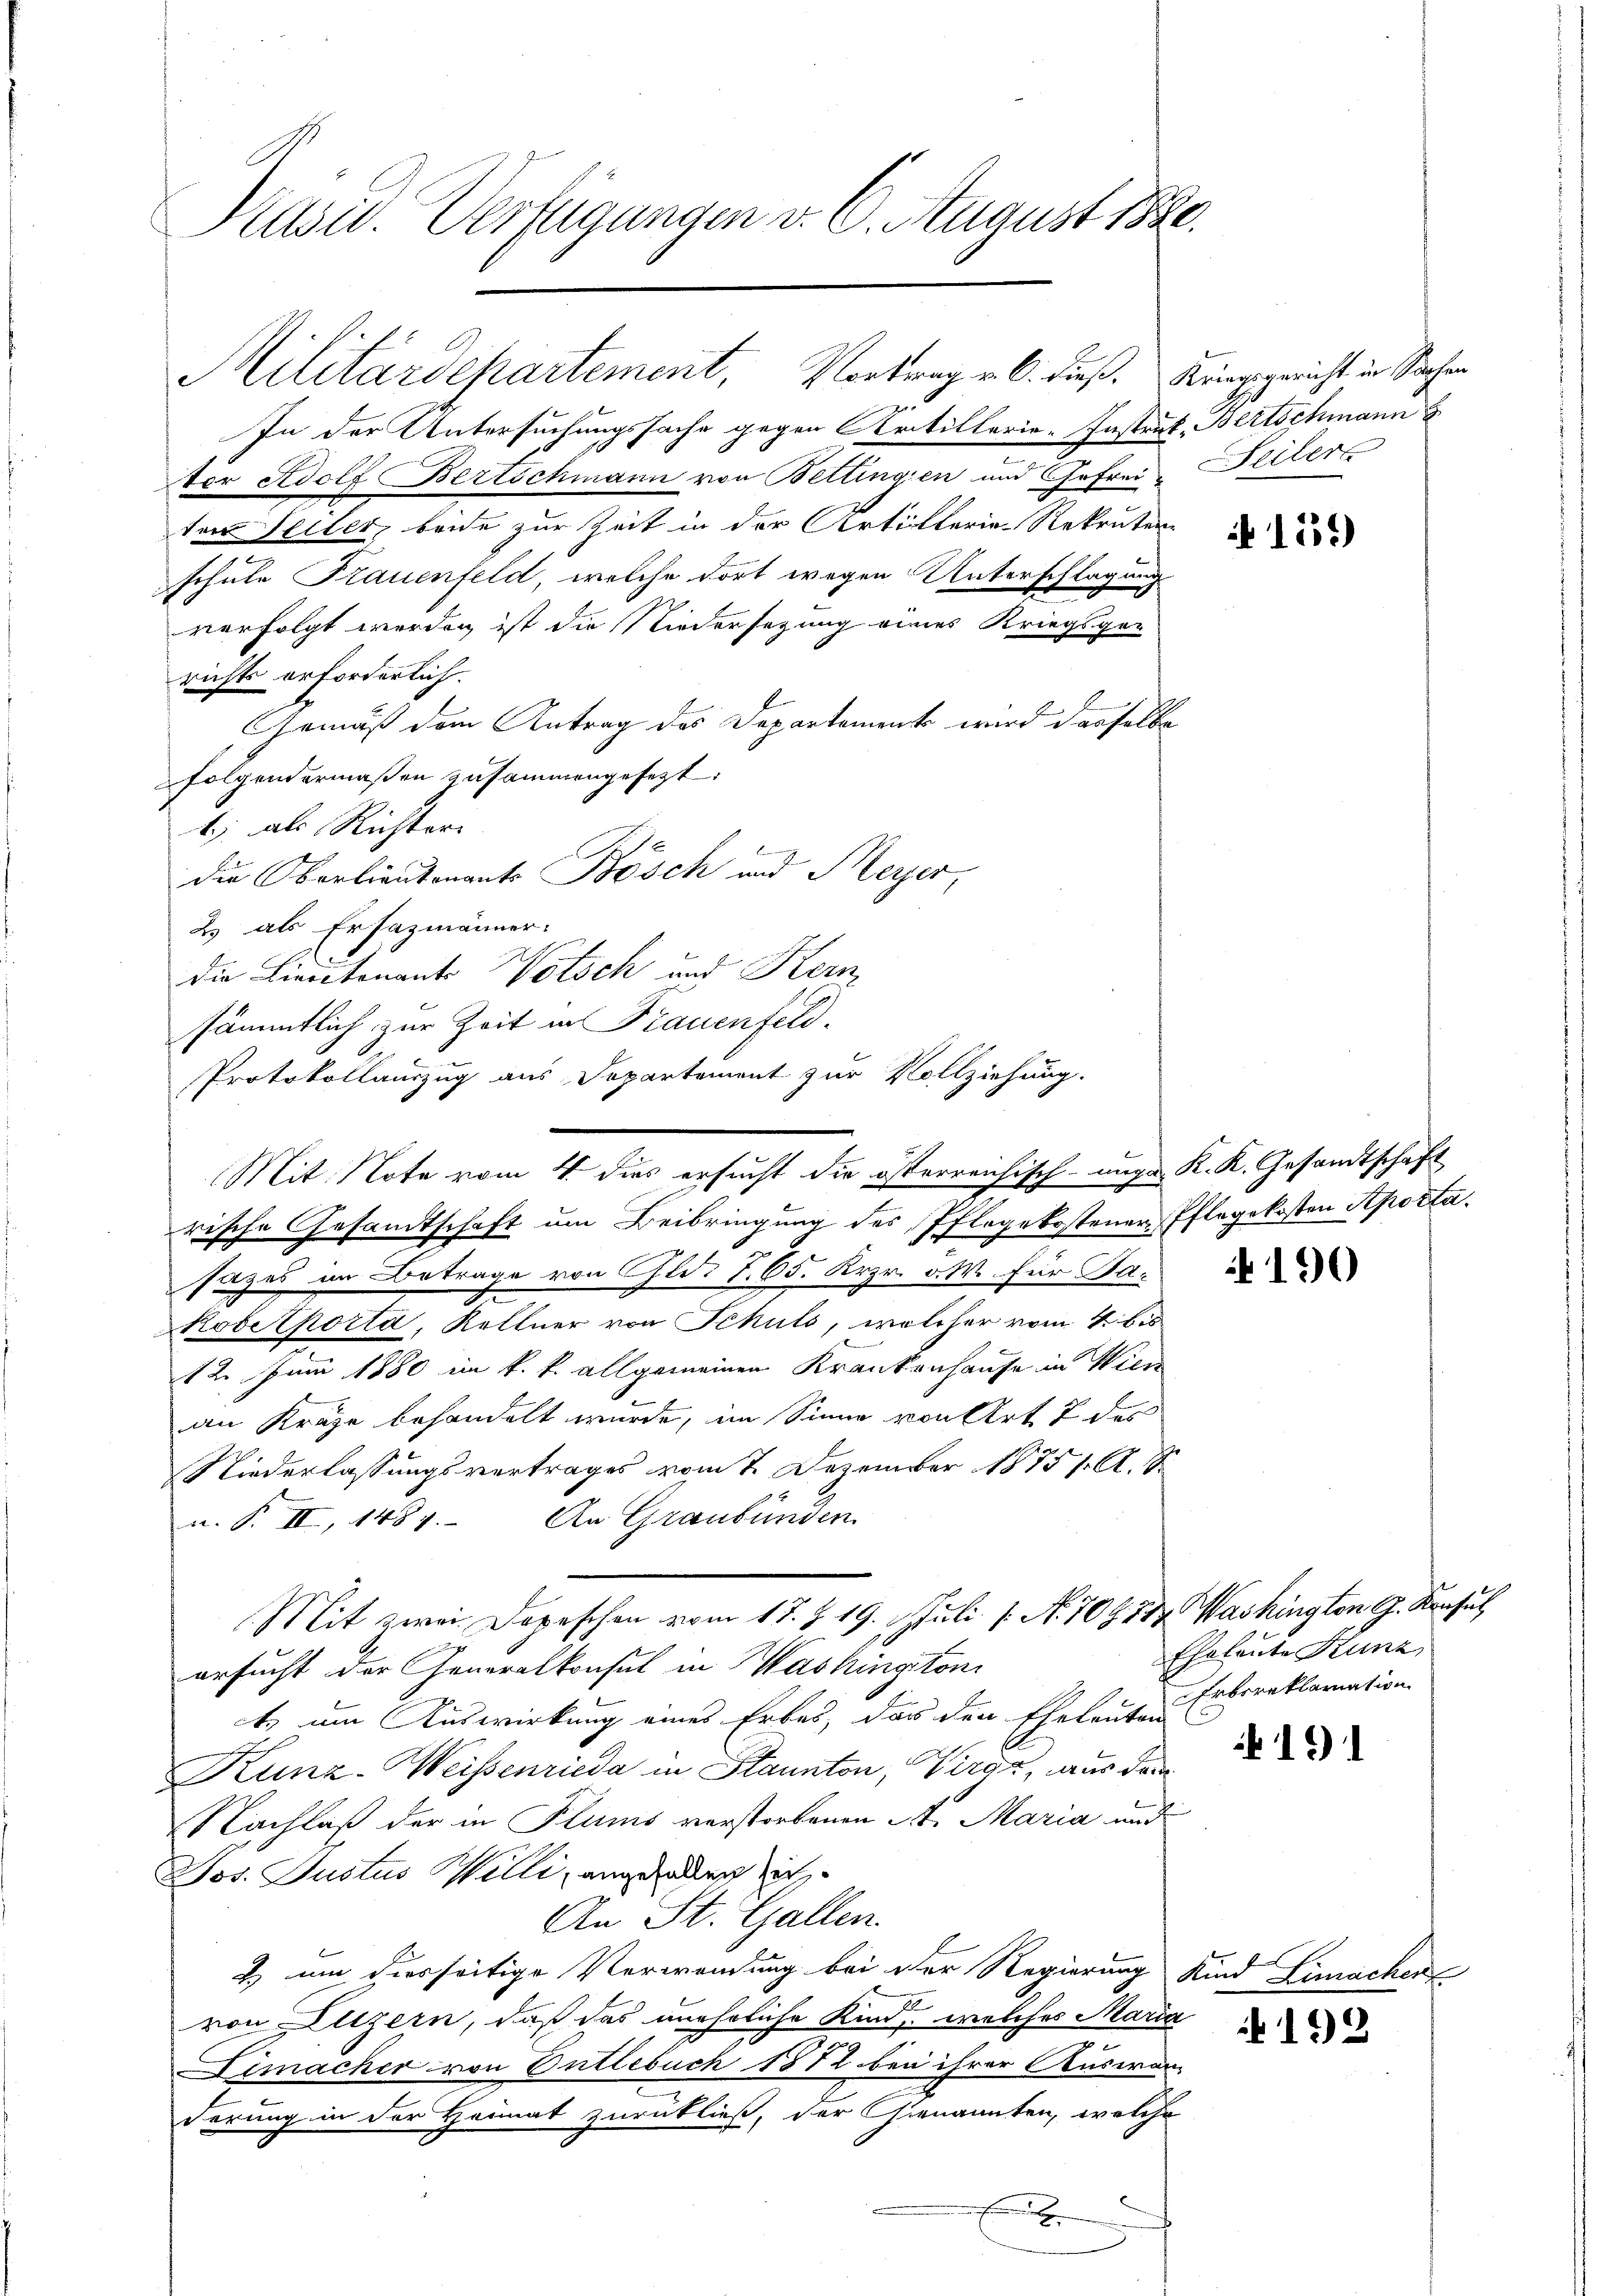
Präsid. Verfügungen v. 6. August 1820.

In der Untersuchungssache gegen Artillerie-Instruk, Bertschmann
ter Adolf Bertschmann von Bettingien und Gefrei-Teiler
ten Seiter, beide zur Zeit in der Artillerie-Rekruten
schule Frauenfeld, welche dort wegen Unterschlagung
verfolgt werden ist die Niedersezung eines Kriegsge-
richts erforderlich.
Gemäß dem Antrag des Departement wird dasselbe
folgendermaßen zusammengesezt:
1) als Richter
2. als Ersazmänner
sämmtlich zur Zeit in Frauenfeld.
rische Gesandtschaft um Beibringung des Pflegekostener-Pflegekosten Aposta.
sazes im Betrage von Gld. 7. 65. Krzr. v. W. für Fa¬
2
kobetporta, Kellner von Schuls, welcher vom 4. bis
12. Juni 1880 im k. k. allgemeinen Krankenhause in Wien
an Kräge behandelt wurde, im Sinne von Art. 7 des
Niederlassungsvertrages vom 7. Dezember 1875 f. A. S
u. P. II, 1484. An Graubünden
Mit zwei Depeschen vom 17. Z. 19. Juli l. No. 707. 744. Washington G. Konsul
ersucht der Generalkonsul in Washingtoni
ts um Auswirkung eines Erbes, das den Eheleuten Erbereklamation
Kunz-Weisenrieda in Staunton, Virgt, aus dem
Nachlaß der in Flums verstorbenen St. Maria und
Jos. Justus Willi, angeladen sic
An St. Gallen.
2) um diesseitige Verwendung bei der Regierung
von Altzern, daß das unehrliche Kind, welches Mari
.
imacher von Entlebuch 1872 bei ihrer Ausera
derung in der Heimat zurückließ, der Genannten, welche
E

Militärdepartement, Vortrage b. dieß. Fürspricht in Sachen

die Oberlieutenants Bösch und Meyer,
die Livictonants Votsch und Kern,
Protokollauszug aus Departement zur Vollziehung.
Mit Note vom 4. dies ersucht die österreichisch-unga

e

A 151)

K. K. Gesandtschaft

190

Eheleute Kunz,

151

Kind Limache

192